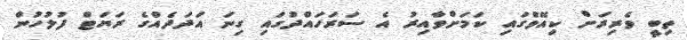
ތިބީ ވެރިރަށް ކިއޭވްގައި ކަމަށްވާއިރު އެ ސަރަހައްދުގައި ގިނަ އަދަދެއްގެ ރަޔަޓް ފުލުހުން